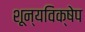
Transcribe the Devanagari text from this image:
शून्यविक्षेप